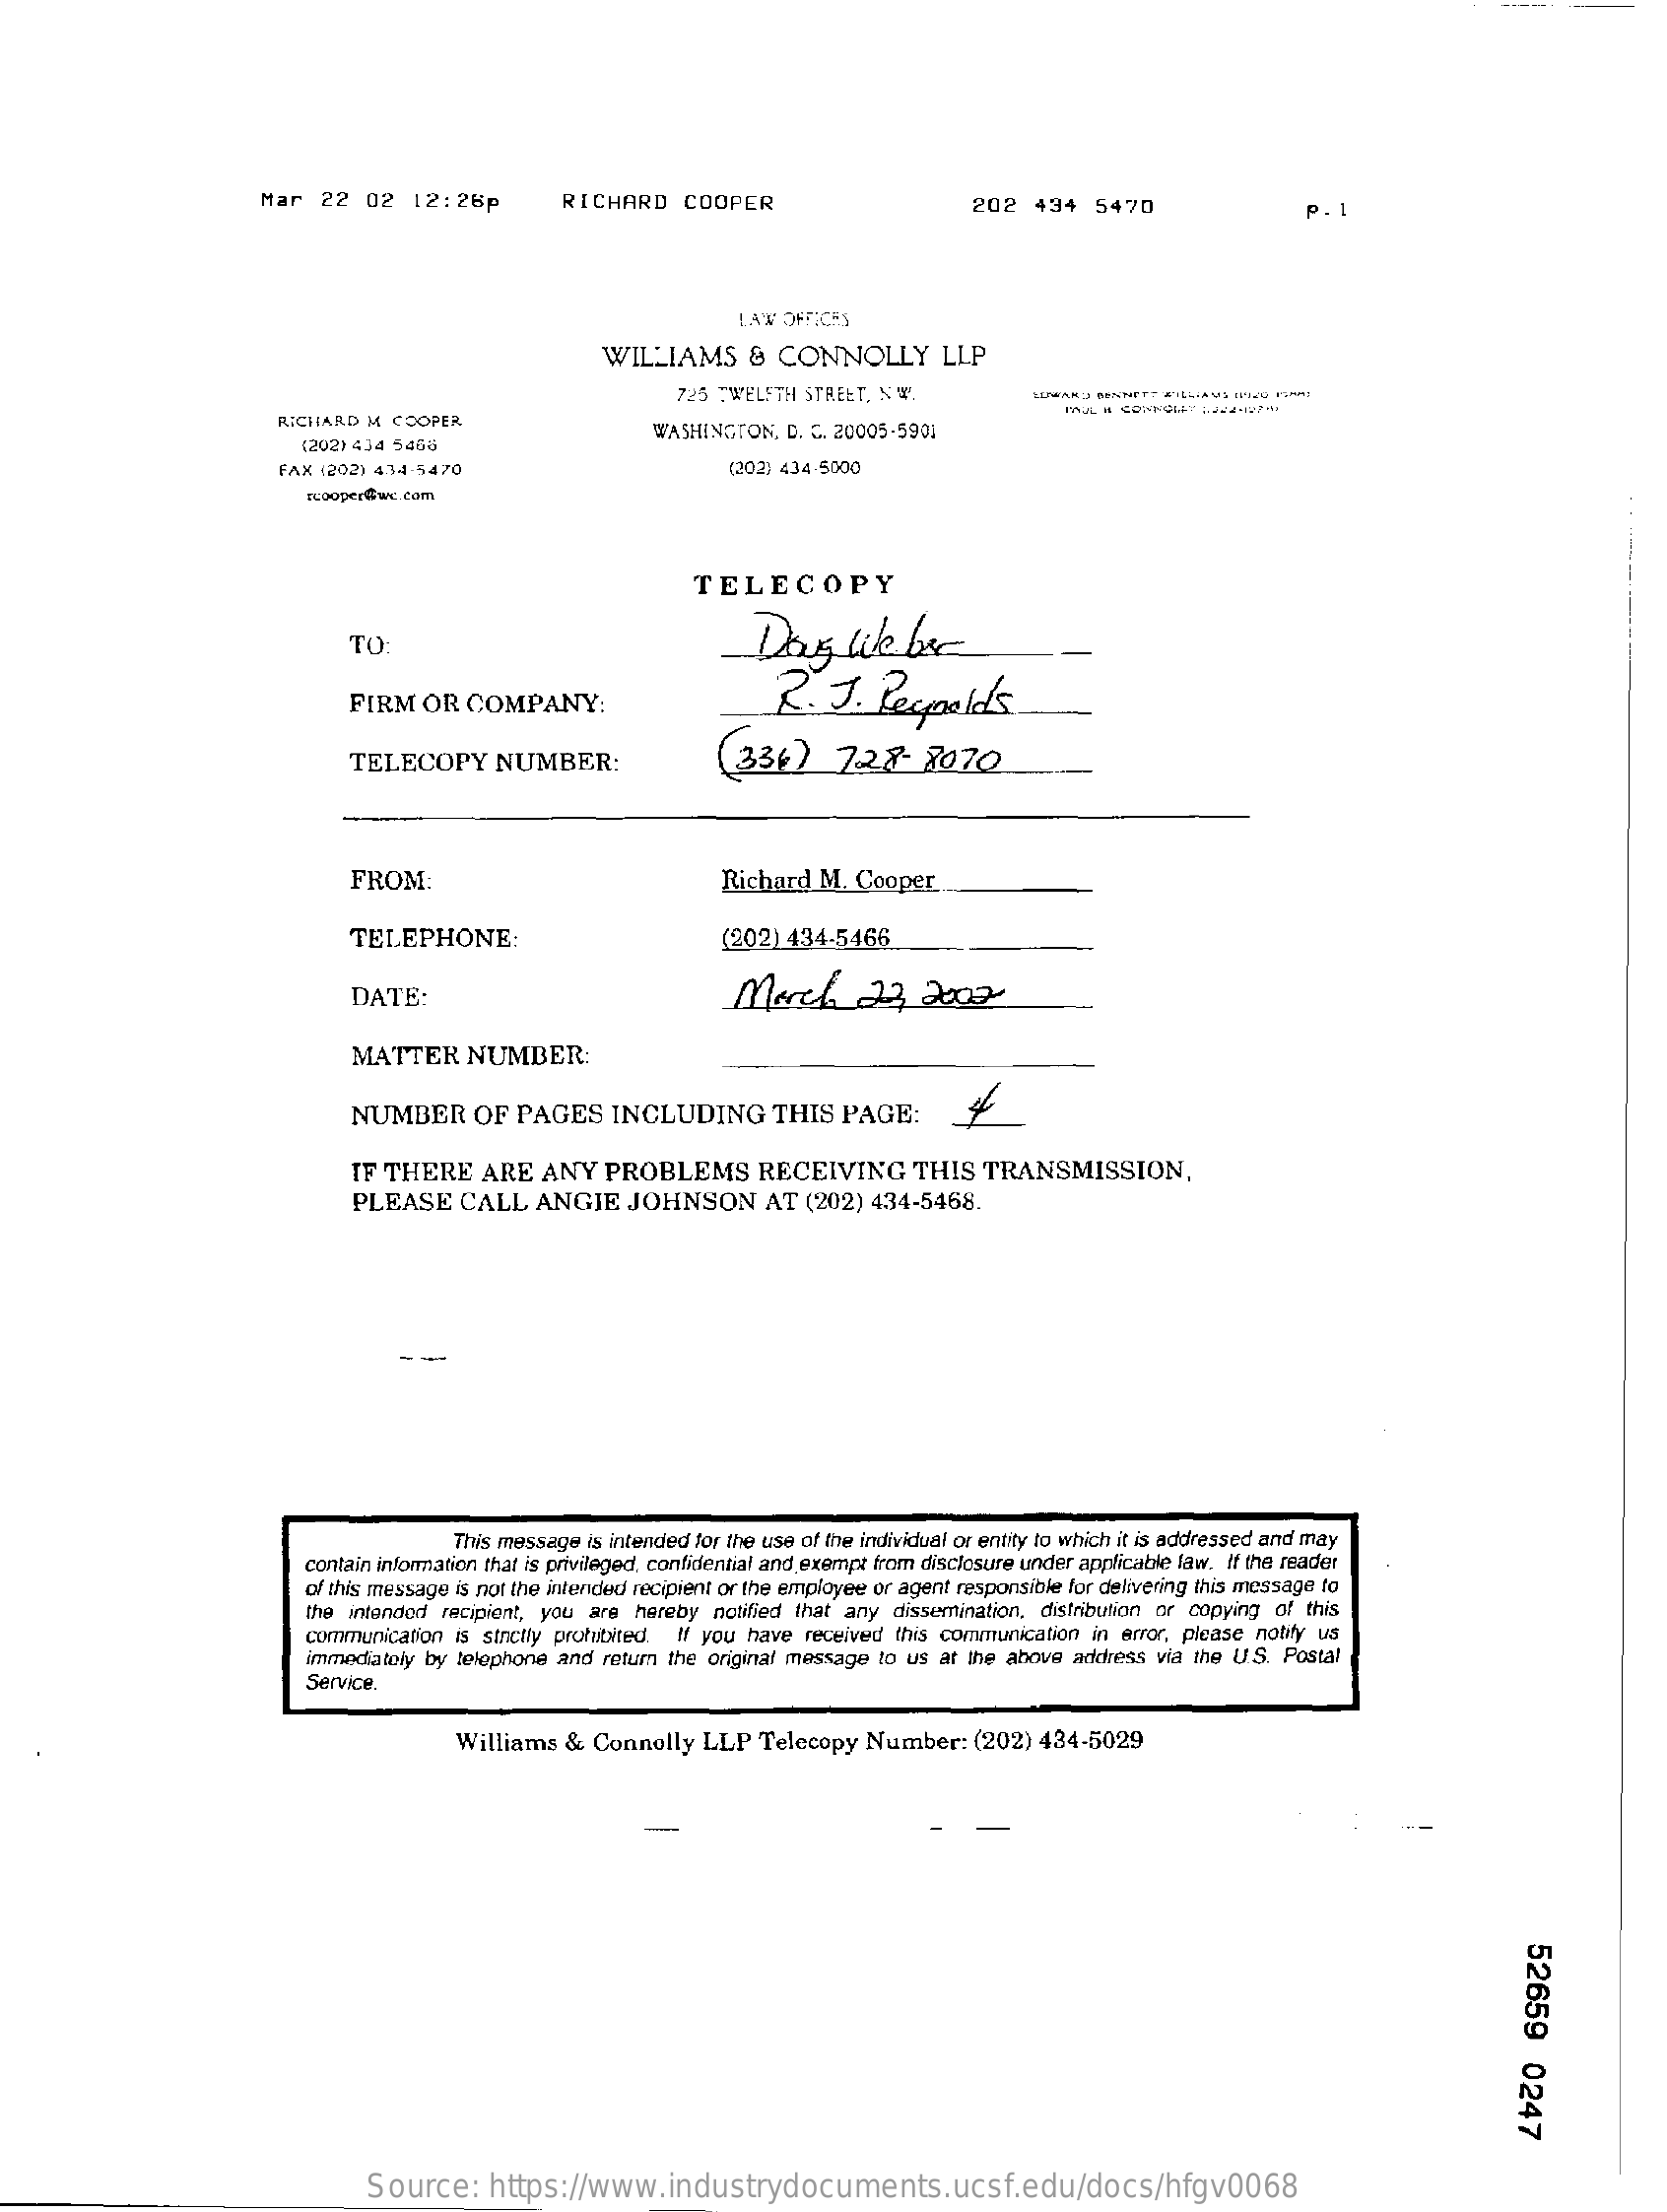
Mar   22  02   12:26p    RICHARD    COOPER    202  434   5470    P. 1
     LAW OFFICES
     WILLIAMS    & CONNOLLY    LLP
     725 TWELFTH  STREET, NW.
     RICHARD M  COOPER    WASHINGTON,  D. C. 20005-5901
     (202) 434 5468
     FAX (202) 434-5470    (202) 434.5000
     cooper@we.com
     TELECOPY
     TO    Doug    like  bec
     FIRM  OR   COMPANY:    R.  J.   Pespolds
     TELECOPY    NUMBER:    (336)    7:28-    8070
     FROM:    Richard  M. Cooper.
     TELEPHONE:    (202) 434-5466
     DATE:    March    23  2002
     MATTER    NUMBER:
     NUMBER    OF   PAGES    INCLUDING    THIS   PAGE:
     IF THERE    ARE   ANY   PROBLEMS    RECEIVING    THIS   TRANSMISSION,
     PLEASE    CALL   ANGIE    JOHNSON    AT  (202)  434-5468.
     This message is intended for the use of the individual or entity to which it is addressed and may
     contain information that is privileged, confidential and exempt from disclosure under applicable law. If the reader
     of this message is not the intended recipient or the employee or agent responsible for delivering this message to
     the intended recipient, you are hereby notified that any dissemination, distribution or copying of this
     communication is sinctly prohibited. If you have received this communication in error, please notify us
     immediately by telephone and return the original message to us at the above address via the U.S. Postal
     Service.
     Williams  &  Connolly  LLP   Telecopy  Number:    (202) 434-5029
     -
     52659
     0247
     Source:    https://www.industrydocuments.ucsf.edu/docs/hfgv0068